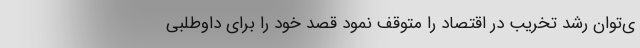
ی‌توان رشد تخریب در اقتصاد را متوقف نمود قصد خود را برای داوطلبی